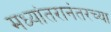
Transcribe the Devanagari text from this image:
मध्यांतरानंतरच्या